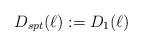
LaTeX: \begin{align*} D_{spt}(\ell) := D_1(\ell) \end{align*}